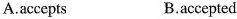
A.accepts B.accepted